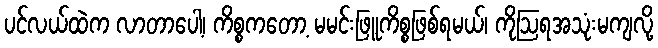
ပင်လယ်ထဲက လာတာပေါ့၊ ကိစ္စကတော့ မမင်းဖြူကိစ္စဖြစ်ရမယ်၊ ကိုဩရအသုံးမကျလို့